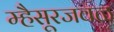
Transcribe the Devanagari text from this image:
म्हैसूरजवळ